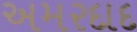
અમરદાદ